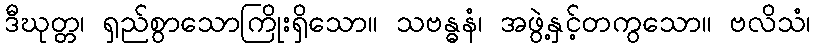
ဒီဃုတ္တ၊ ရှည်စွာသောကြိုးရှိသော။ သဗန္ဓနံ၊ အဖွဲ့နှင့်တကွသော။ ဗလိသံ၊